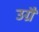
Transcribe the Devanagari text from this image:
उग्रै